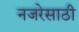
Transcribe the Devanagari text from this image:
नजरेसाठी